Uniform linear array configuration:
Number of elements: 16
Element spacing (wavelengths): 1
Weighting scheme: cosine
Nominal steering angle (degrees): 30
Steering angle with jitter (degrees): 29.309
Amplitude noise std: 0.05
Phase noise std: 0.05

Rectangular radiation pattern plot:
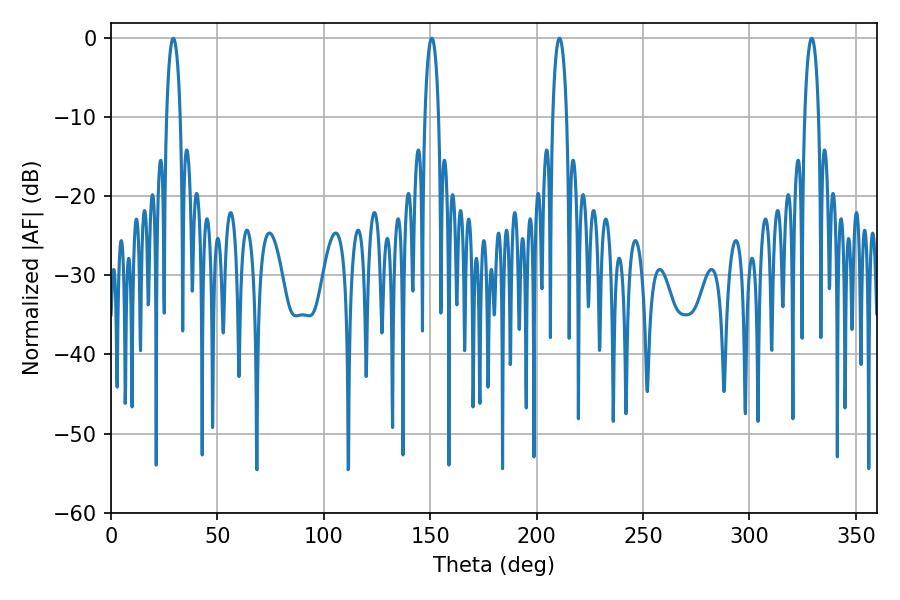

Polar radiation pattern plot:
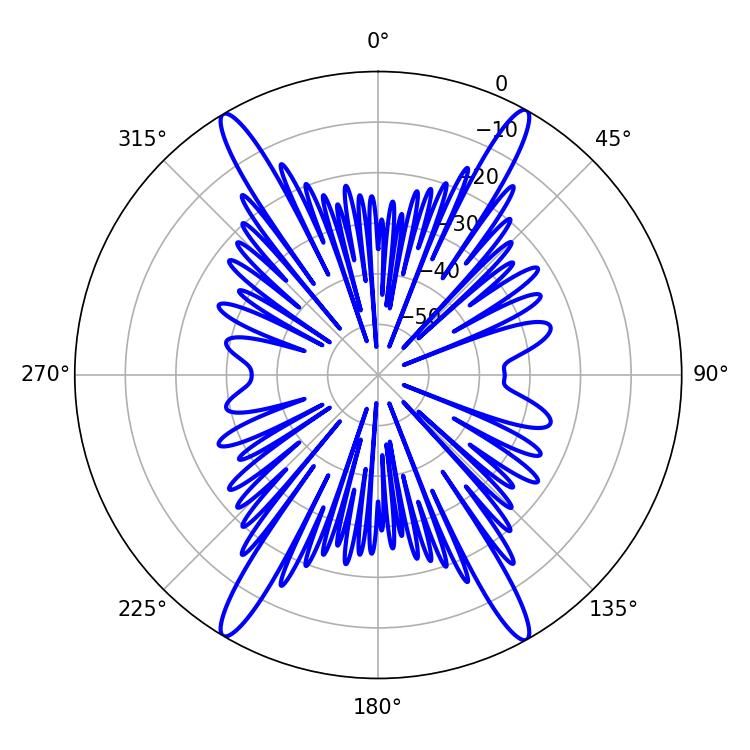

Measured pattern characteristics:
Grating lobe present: TRUE
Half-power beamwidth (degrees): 3.6
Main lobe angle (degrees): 329.22